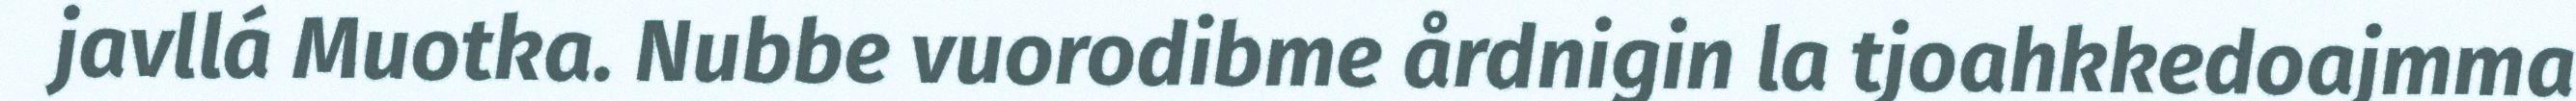
javllá Muotka. Nubbe vuorodibme årdnigin la tjoahkkedoajmma